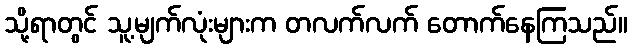
သို့ရာတွင် သူ့မျက်လုံးများက တလက်လက် တောက်နေကြသည်။